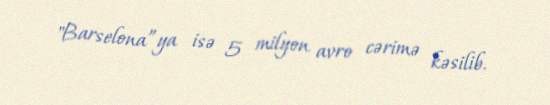
"Barselona”ya isə 5 milyon avro cərimə kəsilib.